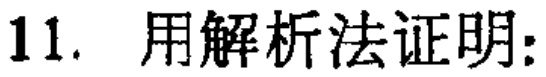
11. 用解析法证明: